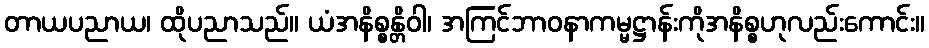
တာယပညာယ၊ ထိုပညာသည်။ ယံအနိစ္စန္တိဝါ၊ အကြင်ဘာဝနာကမ္မဋ္ဌာန်းကိုအနိစ္စဟုလည်းကောင်း။